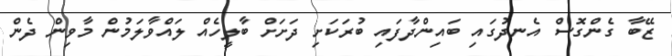
ޒޭބާ ގެންގޮސް އެނދުގައި ބައިންދާފައި ބުރަކަށި ދަށަށް ބާލީހެއް ލައްވާލަމުން މާވިން ދެން